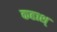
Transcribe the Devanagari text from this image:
कहाश्